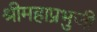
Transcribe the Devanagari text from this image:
श्रीमहाप्रभुजी